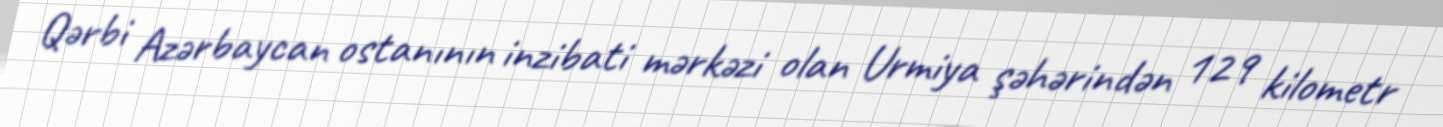
Qərbi Azərbaycan ostanının inzibati mərkəzi olan Urmiya şəhərindən 129 kilometr